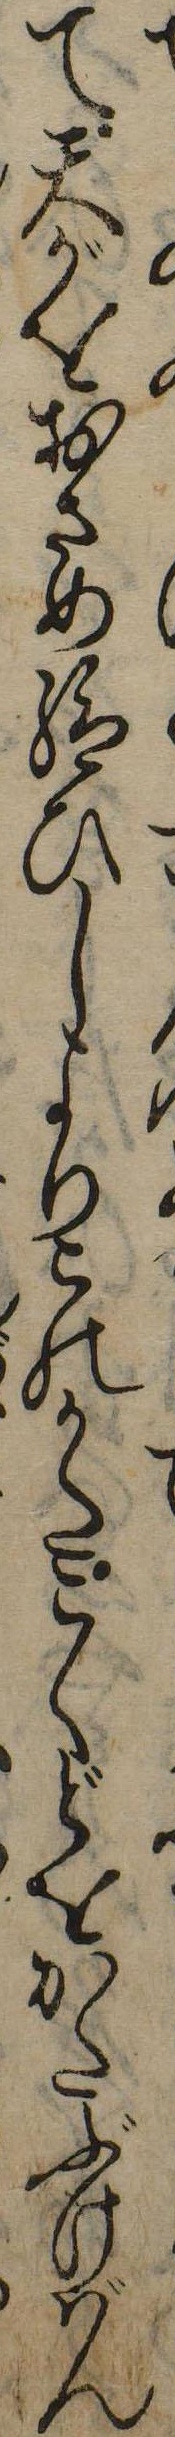
て天がをおさめ給ひしよりこのかたこくどをかたぶけばん